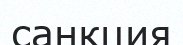
санкция